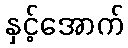
နှင့်အောက်